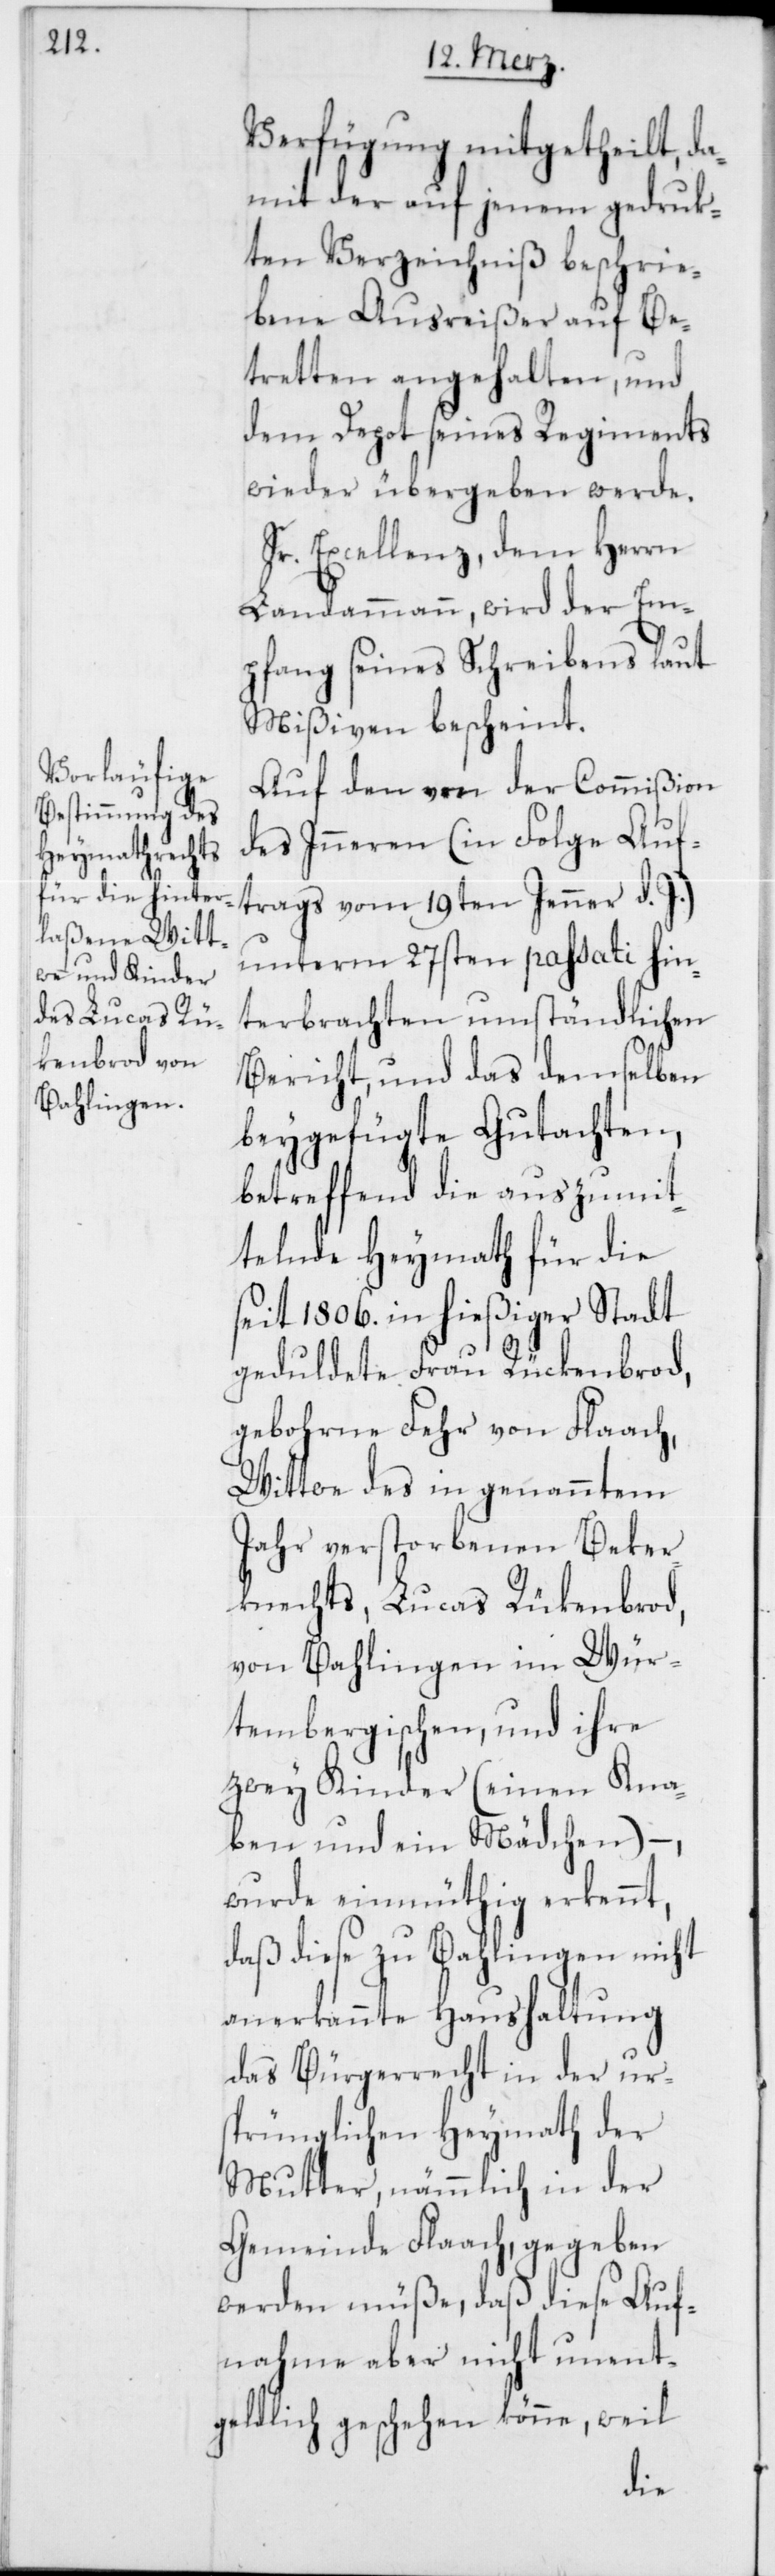
Verfügung mitgetheilt, da¬
mit der auf jenem gedruk¬
ten Verzeichniß beschrie¬
bene Ausreißer auf Be¬
tretten angehalten, und
dem Depot seines Regiments
wieder übergeben werde.
Sr. Excellenz, dem Herrn
Landammann, wird der Em¬
pfang seines Schreibens laut
Mißiven bescheint.
Auf den von der Commißion
des Inneren (in Folge Auf¬
trags vom 19ten Jenner d. J.)
unterm 27sten passati hin¬
terbrachten umständlichen
Bericht, und das demselben
beygefügte Gutachten,
betreffend die auszumit¬
telnde Heymath für die
seit 1806. in hießiger Stadt
geduldete Frau Rückenbrod,
gebohrne Fehr von Flaach,
Wittwe des in genanntem
Jahr verstorbenen Beker¬
knechts, Lucas Rükenbrod,
von Bahlingen im Wür¬
tembergischen, und ihre
zwey Kinder (einen Kna¬
ben und ein Mädchen) –,
wurde einmüthig erkennt,
daß diese zu Bahlingen nicht
anerkannte Haushaltung
das Bürgerrecht in der ur¬
sprünglichen Heymath der
Mutter, nämmlich in der
Gemeinde Flaach, gegeben
werden müße, daß diese Auf¬
nahme aber nicht unent¬
geldlich geschehen könne, weil